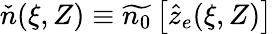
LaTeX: \check{n}(\xi,Z)\equiv\widetilde{n_{0}}\left[\hat{z}_{e}(\xi,Z)\right]